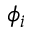
\phi _ { i }